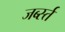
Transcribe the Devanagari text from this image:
जर्ब्स्त